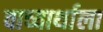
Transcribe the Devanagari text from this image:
वाच्यार्थाला